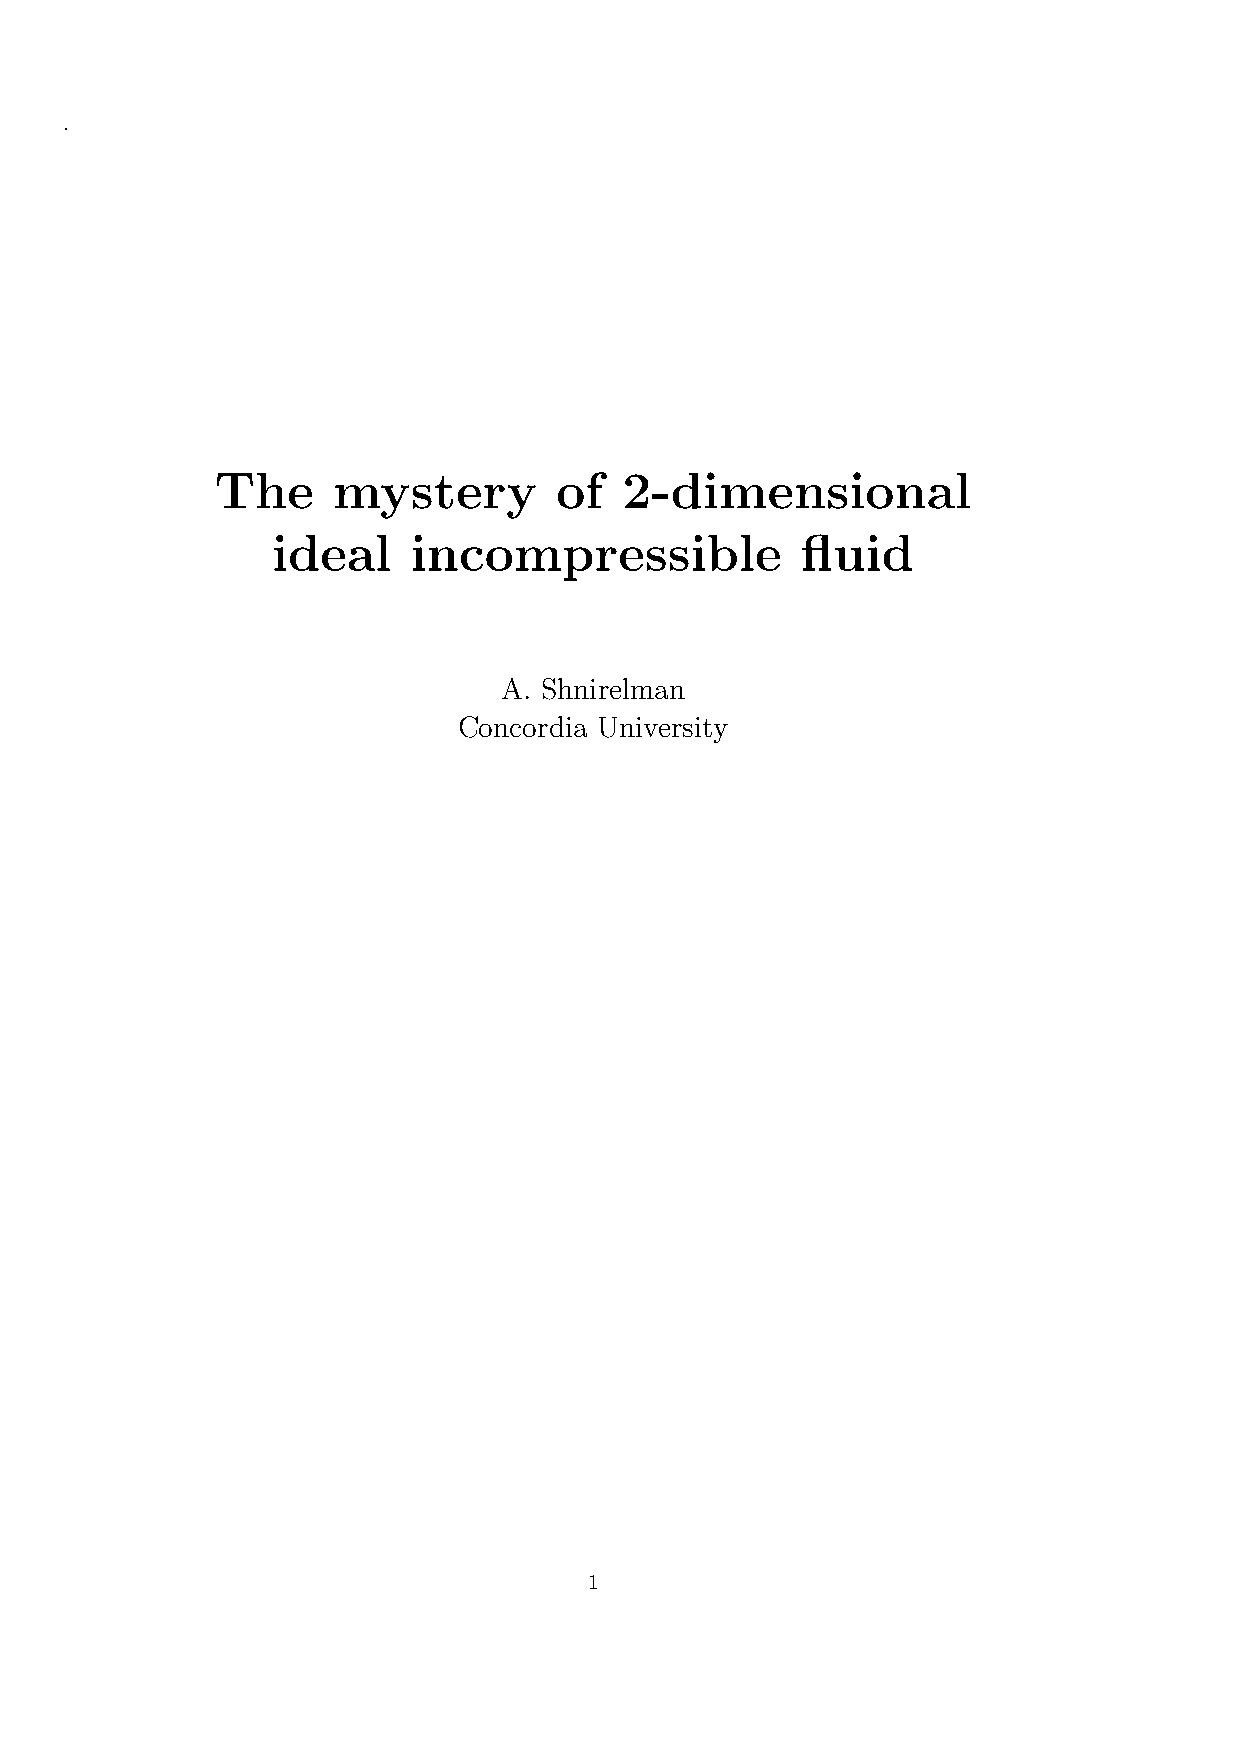
.
 The     mystery        of  2-dimensional
 ideal    incompressible            fluid
 A. Shnirelman
 Concordia University
 1